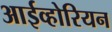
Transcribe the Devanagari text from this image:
आईव्होरियन